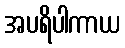
အပရိပါကာယ